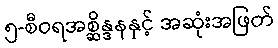
၅-စီဝရအစ္ဆိန္ဒနနှင့် အဆုံးအဖြတ်